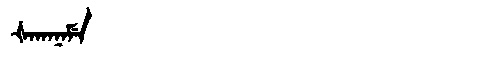
Manchu: ᡧᠠᡴᠠᠨᠠᠮᡝ
Romanization: ŠAKANAME